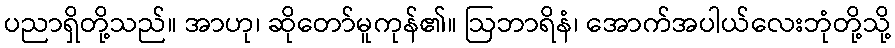
ပညာရှိတို့သည်။ အာဟု၊ ဆိုတော်မူကုန်၏။ ဩဘာရိနံ၊ အောက်အပါယ်လေးဘုံတို့သို့